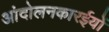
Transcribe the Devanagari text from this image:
आंदोलनकारईयों